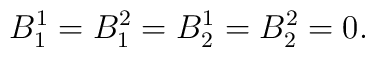
B_1^1 = B_1^2=B_2^1=B_2^2=0.